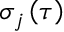
\sigma _ { j } \left( \tau \right)